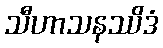
သီဟာသနဿိဒံ